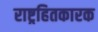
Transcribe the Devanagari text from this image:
राष्ट्रहितकारक